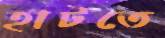
হাটতে